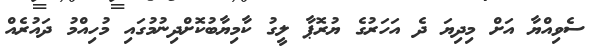
ސެވިއްޔާ އަށް މިދިޔަ ދެ އަހަރުގެ ޔުރޮޕާ ލީގު ކާމިޔާބުކޮށްދިނުމުގައި މުހިއްމު ދައުރެއް